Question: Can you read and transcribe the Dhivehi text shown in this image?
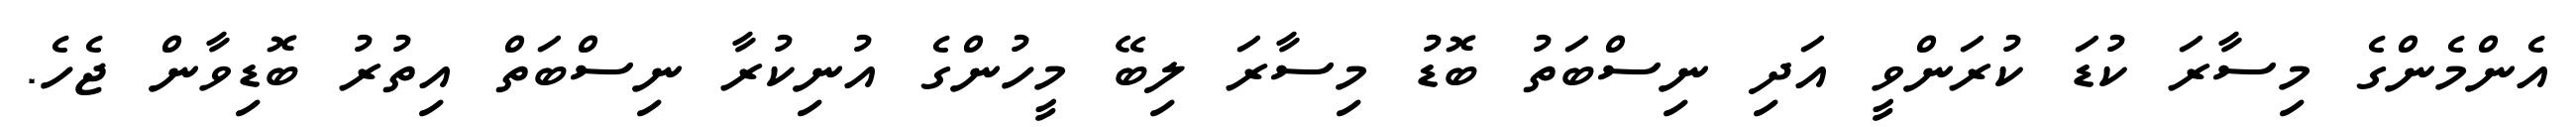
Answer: އެންމެންގެ މިސާރަ ކުޑަ ކުރަންވީ އަދި ނިސްބަތު ބޮޑު މިސާރަ ލިބޭ މީހުންގެ އުނިކުރާ ނިސްބަތް އިތުރު ބޮޑިވާން ޖެހެ.